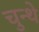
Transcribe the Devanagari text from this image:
चुन्थे